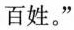
百姓。”